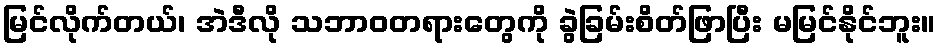
မြင်လိုက်တယ်၊ အဲဒီလို သဘာဝတရားတွေကို ခွဲခြမ်းစိတ်ဖြာပြီး မမြင်နိုင်ဘူး။